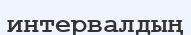
интервалдың